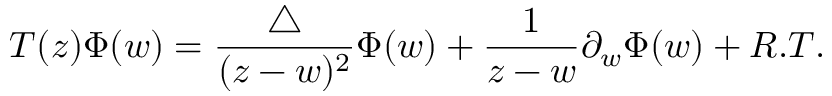
T ( z ) \Phi ( w ) = \frac { \bigtriangleup } { ( z - w ) ^ { 2 } } \Phi ( w ) + \frac { 1 } { z - w } \partial _ { w } { \Phi ( w ) } + R . T .